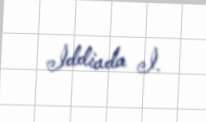
İddiada İ.